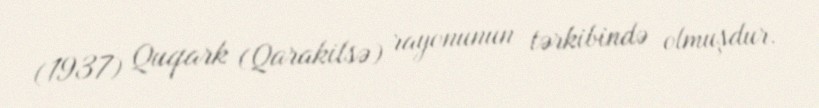
(1937) Quqark (Qarakilsə) rayonunun tərkibində olmuşdur.